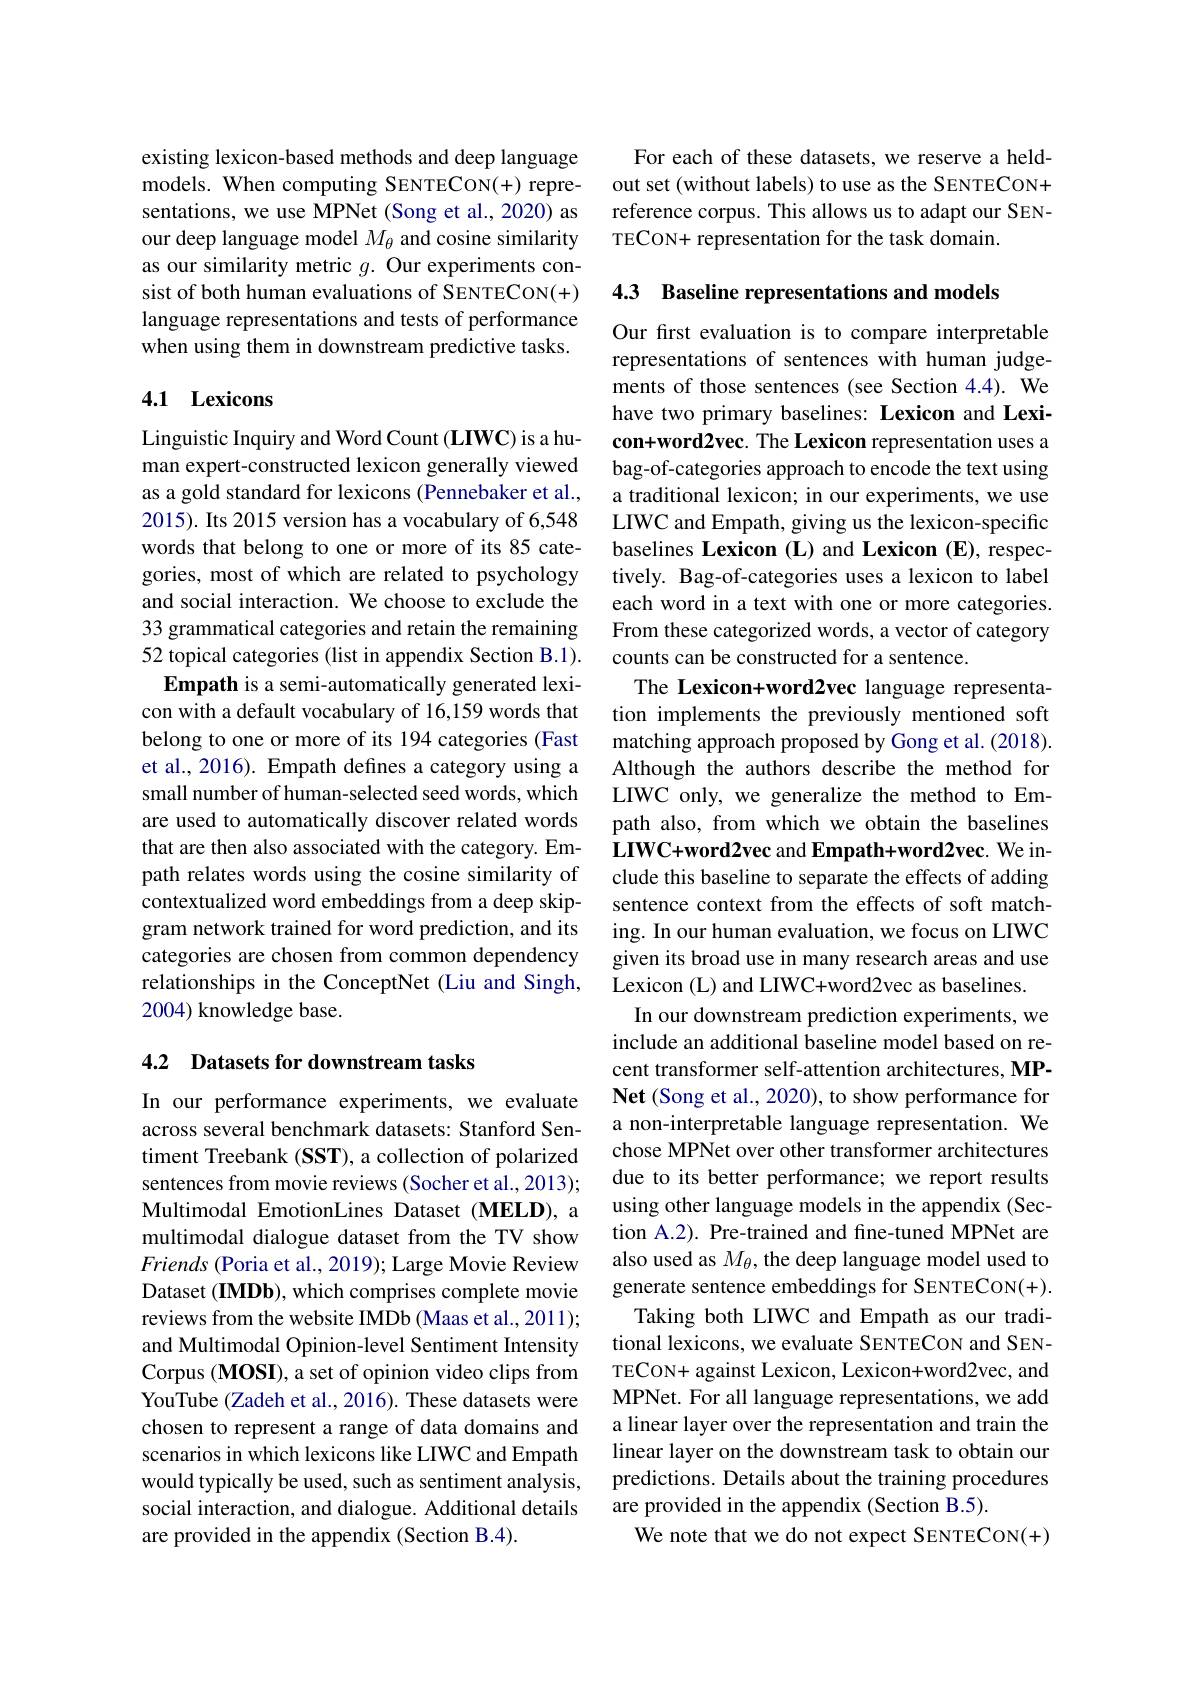
existing lexicon-based methods and deep language models. When computing SENTECON(+) representations, we use MPNet (Song et al., 2020) as our deep language model $M_\mathrm{\theta}$ and cosine similarity as our similarity metric $g.$ Our experiments consist of both human evaluations of SENTECON(+) language representations and tests of performance when using them in downstream predictive tasks.

## 4.1 Lexicons

Linguistic Inquiry and Word Count (LIWC) is a human expert-constructed lexicon generally viewed as a gold standard for lexicons (Pennebaker et al., 2015). Its 2015 version has a vocabulary of 6,548 words that belong to one or more of its 85 categories, most of which are related to psychology and social interaction. We choose to exclude the 33 grammatical categories and retain the remaining 52 topical categories (list in appendix Section B.1). Empath is a semi-automatically generated lexi-
con with a default vocabulary of 16,159 words that belong to one or more of its 194 categories (Fast et al., 2016). Empath defines a category using a small number of human-selected seed words, which are used to automatically discover related words that are then also associated with the category. Empath relates words using the cosine similarity of contextualized word embeddings from a deep skipgram network trained for word prediction, and its categories are chosen from common dependency relationships in the ConceptNet (Liu and Singh, 2004) knowledge base.

### 4.2 Datasets for downstream tasks

In our performance experiments, we evaluate across several benchmark datasets: Stanford Sentiment Treebank (SST), a collection of polarized sentences from movie reviews (Socher et al., 2013); Multimodal EmotionLines Dataset (MELD), a multimodal dialogue dataset from the TV show Friends (Poria et al., 2019); Large Movie Review Dataset (IMDb), which comprises complete movie reviews from the website IMDb (Maas et al., 2011); and Multimodal Opinion-level Sentiment Intensity Corpus (MOSI), a set of opinion video clips from YouTube (Zadeh et al., 2016). These datasets were chosen to represent a range of data domains and scenarios in which lexicons like LIWC and Empath would typically be used, such as sentiment analysis, social interaction, and dialogue. Additional details are provided in the appendix (Section B.4).

For each of these datasets, we reserve a heldout set (without labels) to use as the SENTECON+ reference corpus. This allows us to adapt our SENTECON+ representation for the task domain.

4.3 Baseline representations and models

Our first evaluation is to compare interpretable representations of sentences with human judgements of those sentences (see Section 4.4). We have two primary baselines: Lexicon and Lexicon+word2vec. The Lexicon representation uses a bag-of-categories approach to encode the text using a traditional lexicon; in our experiments, we use LIWC and Empath, giving us the lexicon-specific baselines Lexicon (L) and Lexicon (E), respectively. Bag-of-categories uses a lexicon to label each word in a text with one or more categories. From these categorized words, a vector of category counts can be constructed for a sentence.
The Lexicon+word2vec language representation implements the previously mentioned soft matching approach proposed by Gong et al. (2018). Although the authors describe the method for LIWC only, we generalize the method to Empath also, from which we obtain the baselines LIWC+word2vec and Empath+word2vec. We include this baseline to separate the effects of adding sentence context from the effects of soft matching. In our human evaluation, we focus on LIWC given its broad use in many research areas and use Lexicon (L) and LIWC+word2vec as baselines.
In our downstream prediction experiments, we include an additional baseline model based on recent transformer self-attention architectures, MPNet (Song et al., 2020), to show performance for a non-interpretable language representation. We chose MPNet over other transformer architectures due to its better performance; we report results using other language models in the appendix (Section A.2). Pre-trained and fine-tuned MPNet are also used as $M_\theta$, the deep language model used to generate sentence embeddings for SENTECON(+).
Taking both LIWC and Empath as our traditional lexicons, we evaluate SENTECON and SENTECON+ against Lexicon, Lexicon+word2vec, and MPNet. For all language representations, we add a linear layer over the representation and train the linear layer on the downstream task to obtain our predictions. Details about the training procedures are provided in the appendix (Section B.5).
We note that we do not expect SENTECON(+)